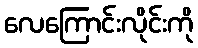
လေကြောင်းလိုင်းကို